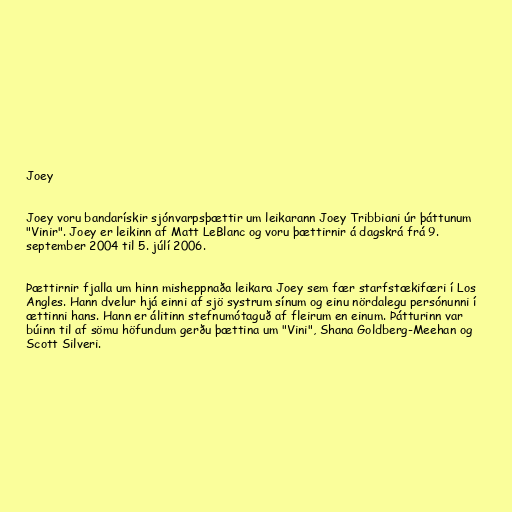
Joey

Joey voru bandarískir sjónvarpsþættir um leikarann Joey Tribbiani úr þáttunum
"Vinir". Joey er leikinn af Matt LeBlanc og voru þættirnir á dagskrá frá 9.
september 2004 til 5. júlí 2006.

Þættirnir fjalla um hinn misheppnaða leikara Joey sem fær starfstækifæri í Los
Angles. Hann dvelur hjá einni af sjö systrum sínum og einu nördalegu persónunni í
ættinni hans. Hann er álitinn stefnumótaguð af fleirum en einum. Þátturinn var
búinn til af sömu höfundum gerðu þættina um "Vini", Shana Goldberg-Meehan og
Scott Silveri.